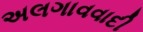
અલગાવવાદી